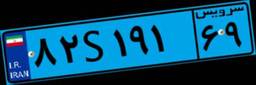
۴۴S۵۸۸۵۴